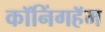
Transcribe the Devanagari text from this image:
कॉनिंगहॅम